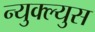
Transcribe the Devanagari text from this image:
न्युक्ल्युस